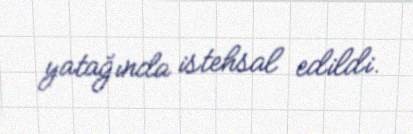
yatağında istehsal edildi.